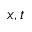
x , t